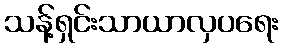
သန့်ရှင်းသာယာလှပရေး